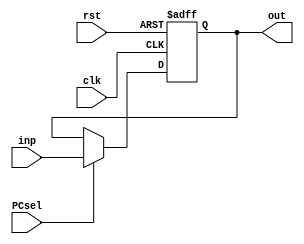
module pc(inp,PCsel,clk,rst,out);
    input clk,rst,PCsel;
    input [31:0] inp;
    output reg [31:0] out;
    always@(posedge clk,posedge rst)begin
        if(rst) out <= {32'b0};
        else if(PCsel) out <= inp;
    end
endmodule